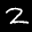
Label: 2